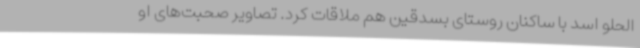
الحلو اسد با ساکنان روستای بسدقین هم ملاقات کرد. تصاویر صحبت‌های او